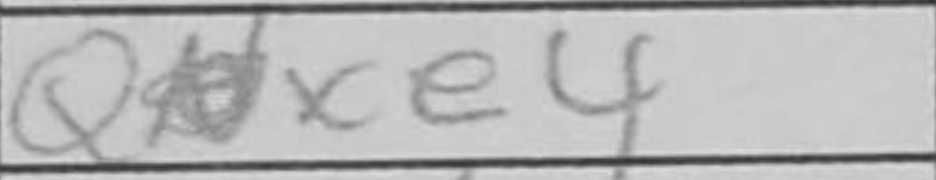
Transcription: Qxe4